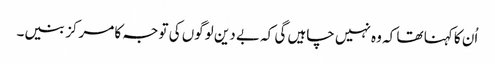
اُن کا کہنا تھا کہ وہ نہیں چاہیں گی کہ بے دین لوگوں کی توجہ کا مرکز بنیں۔